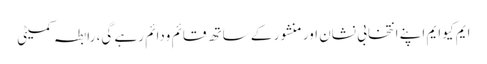
ایم کیو ایم اپنے انتخابی نشان اور منشور کے ساتھ قائم ودائم رہے گی، رابطہ کمیٹی